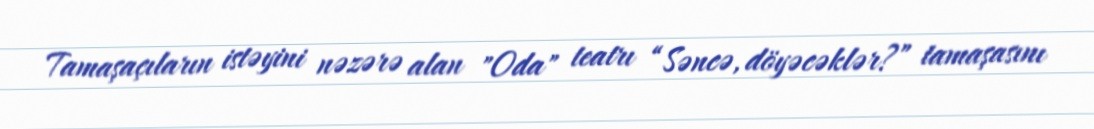
Tamaşaçıların istəyini nəzərə alan "Oda" teatrı “Səncə, döyəcəklər?” tamaşasını